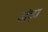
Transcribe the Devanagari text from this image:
अंड़ा